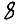
Digit: 8